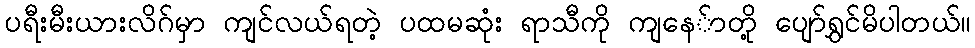
ပရီးမီးယားလိဂ်မှာ ကျင်လယ်ရတဲ့ ပထမဆုံး ရာသီကို ကျနေ်ာတို့ ပျော်ရွှင်မိပါတယ်။